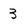
Character: 3